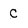
Character: c